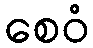
စေဝံ